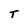
Character: T